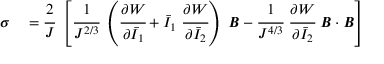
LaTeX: \begin{array} { r l } { { \boldsymbol { \sigma } } } & { { } = { \cfrac { 2 } { J } } ~ \left[ { \cfrac { 1 } { J ^ { 2 / 3 } } } ~ \left( { \cfrac { \partial W } { \partial { \bar { I } } _ { 1 } } } + { \bar { I } } _ { 1 } ~ { \cfrac { \partial W } { \partial { \bar { I } } _ { 2 } } } \right) ~ { \boldsymbol { B } } - { \cfrac { 1 } { J ^ { 4 / 3 } } } ~ { \cfrac { \partial W } { \partial { \bar { I } } _ { 2 } } } ~ { \boldsymbol { B } } \cdot { \boldsymbol { B } } \right] } \end{array}